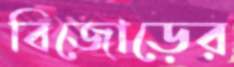
বিজোড়ের